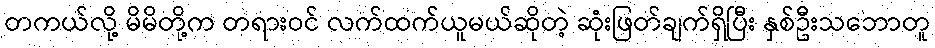
တကယ်လို့ မိမိတို့က တရားဝင် လက်ထက်ယူမယ်ဆိုတဲ့ ဆုံးဖြတ်ချက်ရှိပြီး နှစ်ဦးသဘောတူ